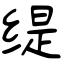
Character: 缇